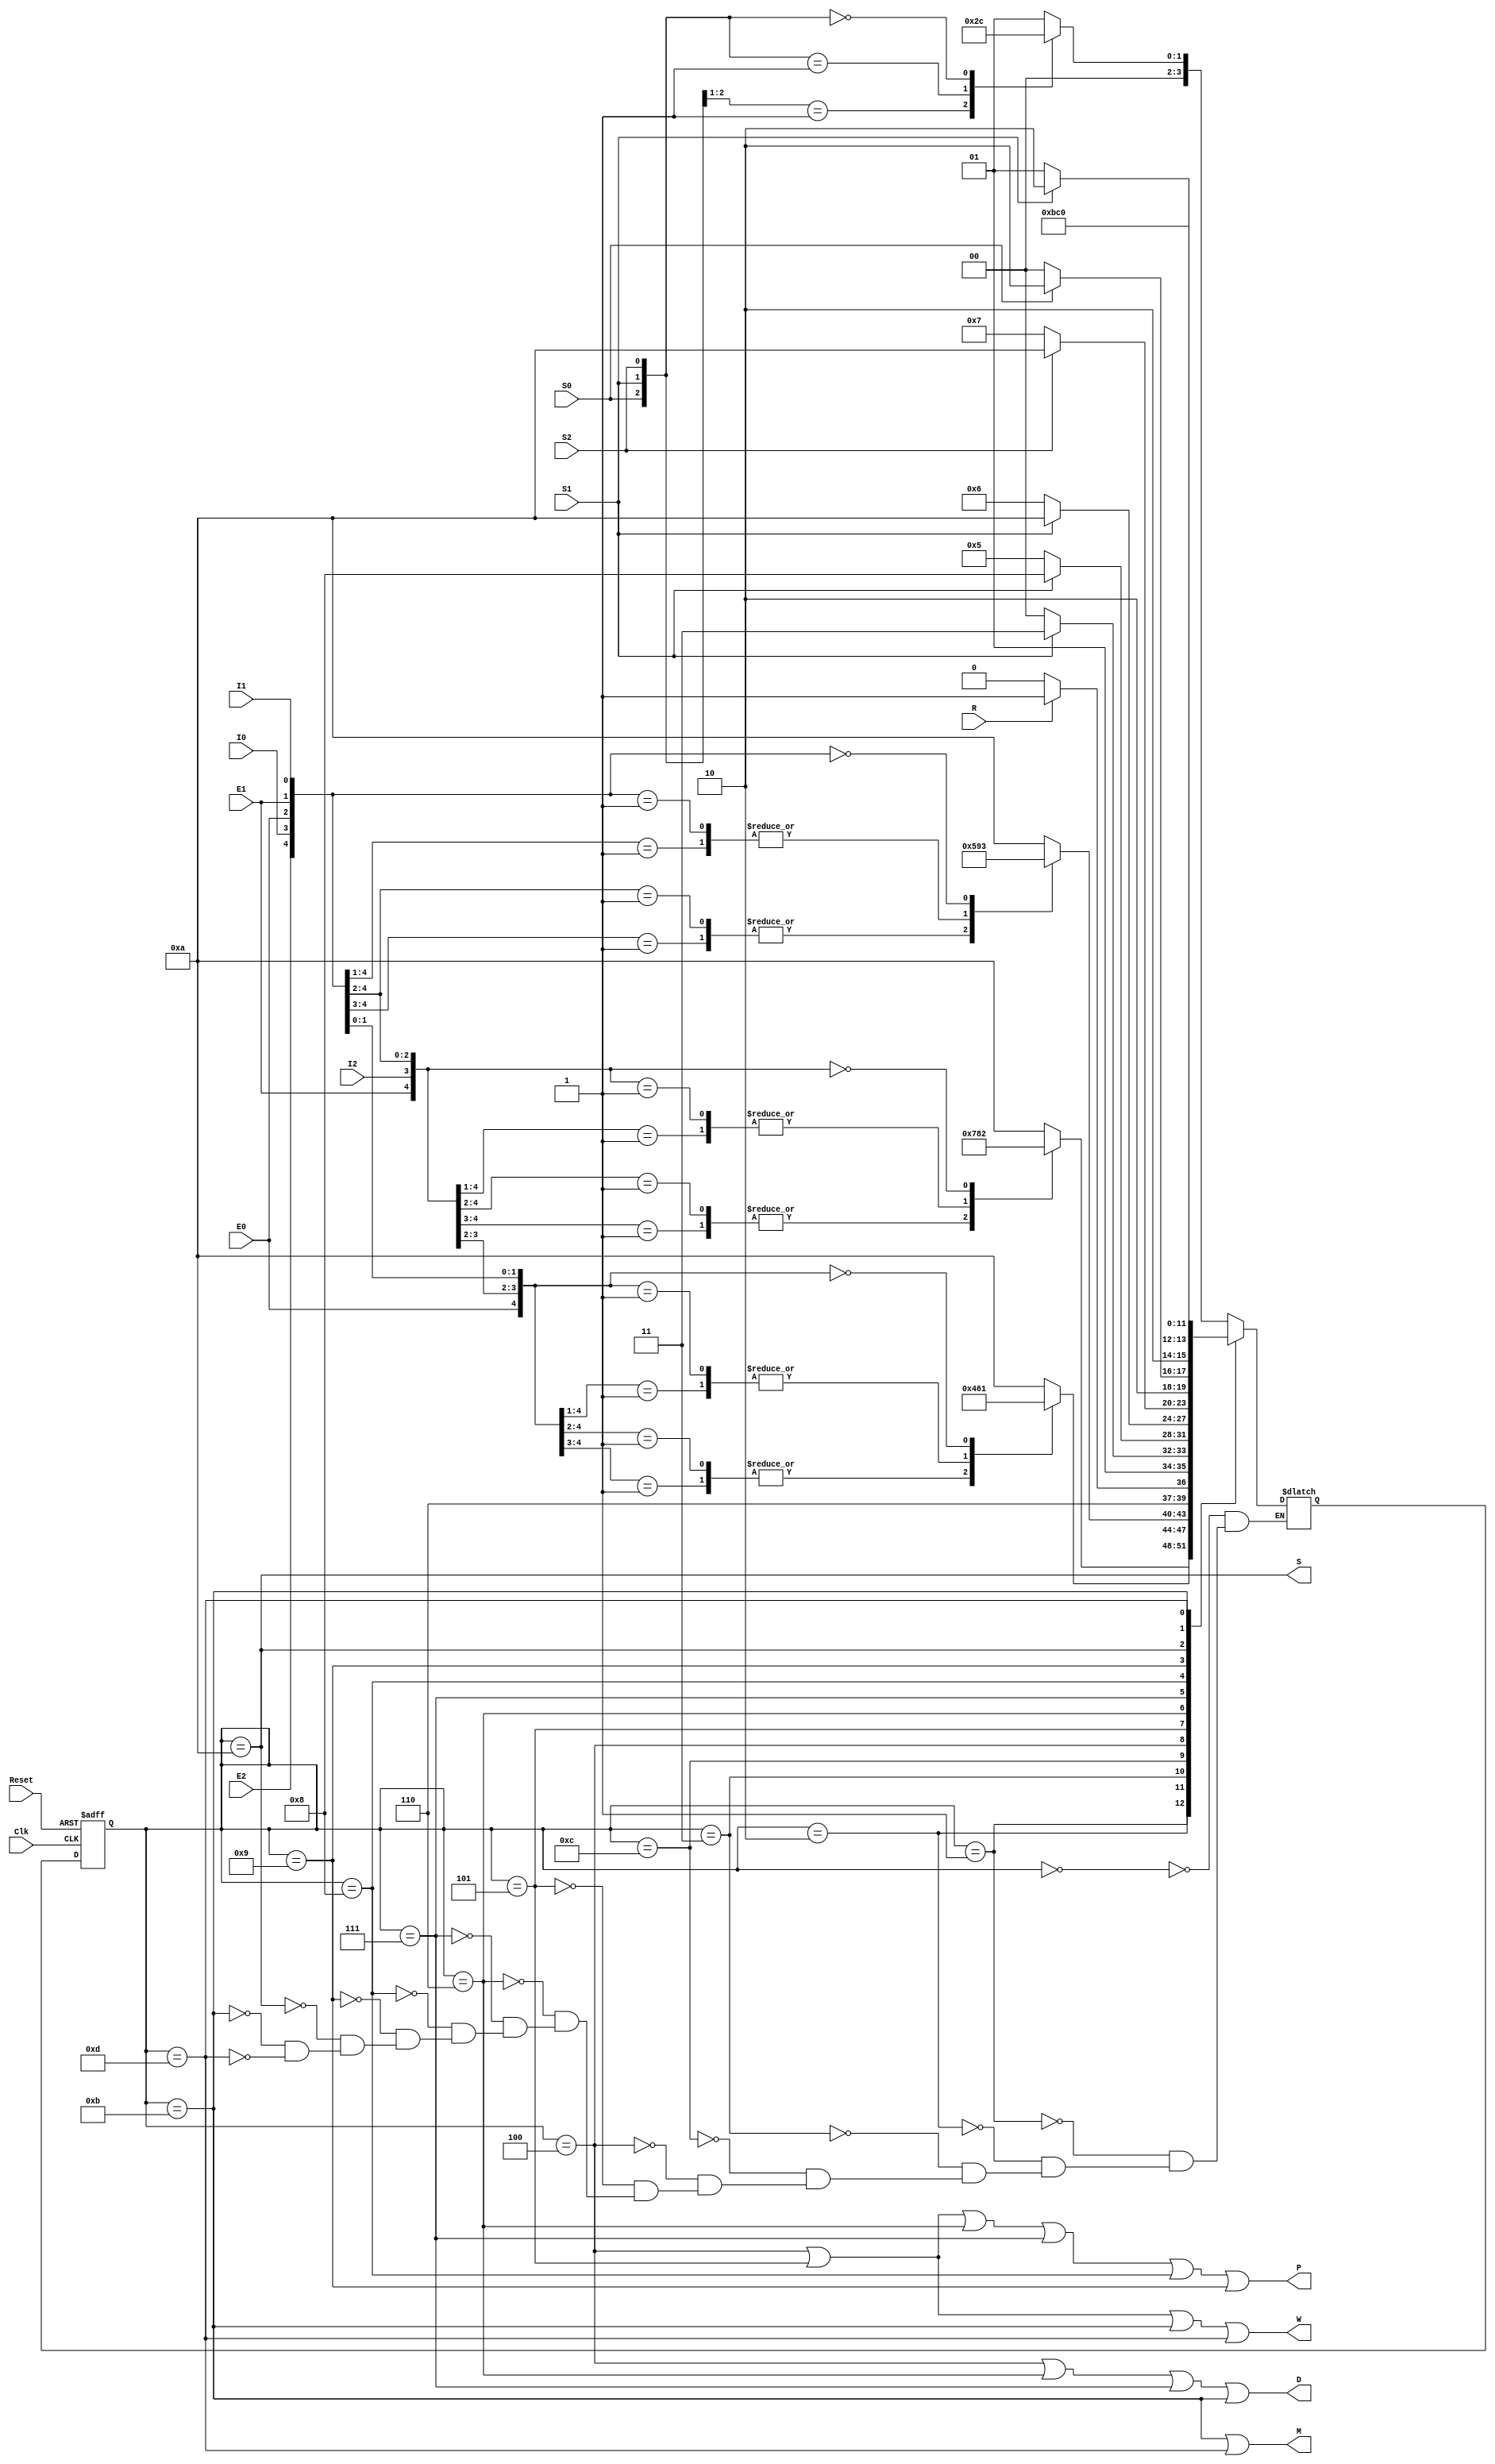
/**
 * Universidad de Costa Rica
 * Escuela de Ingeniera Elctrica
 * Circuitos Digitales I - IE0323
 * Proyecto Verilog
 *
 * archivo: asm_ascensor.v
 * autores:
 * Sergio Garino Vargas - B73157
 * Johan Herrera Chaves - C03811
 *
 * Descripcin: 
 * En este archivo se tiene la implemetacin del Diagrama ASM del 
 * ascensor.
 */

/** IMPORTANTE!!!!!!!!!!
* Para correr este tench se deben de poner los siguientes comandos en una
* terminal Linux que tenga instalada iverilog, vvp y gtkwave
***************************************************
iverilog -o ElevadorPrueba Elevator_Tests.v
vvp ElevadorPrueba
gtkwave Elevator.vcd
***************************************************
**/


module Elevator (
    input Clk, Reset, /**< Entradas de Clock y Reset */
    input I0, I1, I2, /**< Botones internos */
    input E0, E1, E2, /**< Botones externos */
    input S0, S1, S2, /**< Sensores de posicin */ 
    input R, /**< Seal que se pone en alto cuando el tiempo para tener la puerta abierta expir */
    output M, D, /**< Bits para controlar el (M)otor a activar y la (D)ireccin */ 
    output P, W, /**< Bits para regular la velocidad de los 2 motores mediante PWM*/
    output S); /**< Sonido que se activa antes de abrir la puerta */
    /**
     * Se definen dos vectores, uno de estado presente y otro para el prximo 
     * estado los cuales son de 4 cuatro por que el diseo de la ASM se
     * tiene 14 estados posibles que son requesentables con 4 bits.
     */

    reg [3:0] estadoPresente, proximoEstado;

    /**
     * Se asignan los estados con base en el ASM
     */
    parameter a = 4'b0000; // 0
    parameter b = 4'b0001; // 1
    parameter c = 4'b0010; // 2
    parameter d = 4'b0011; // 3
    parameter e = 4'b1100; // C
    parameter f = 4'b0100; // 4
    parameter g = 4'b0101; // 5
    parameter h = 4'b0110; // 6
    parameter i = 4'b0111; // 7
    parameter j = 4'b1000; // 8
    parameter k = 4'b1001; // 9
    parameter p = 4'b1010; // A
    parameter u = 4'b1011; // B
    parameter t = 4'b1101; // D

    /**
     * La memoria de estados
     */

    always @(posedge Clk, posedge Reset)
    begin
        if (Reset) estadoPresente <= a;
        else       estadoPresente <= proximoEstado;
    end

    /**
     * Clculo de lgica de prximo estados: mediante una sentencia always se
     * determina el siguiente estado partiendo de cada uno de los estados
     */

    always @(*)
    begin
        case (estadoPresente)
        // Partiendo del estado a
        a:
        casez({S0, S1, S2})
            3'b1??: proximoEstado = b;
            3'b01?: proximoEstado = c;
            3'b001: proximoEstado = d;
            3'b000: proximoEstado = a;
        endcase
        // Partiendo del estado b
        b:
        casez ({E0, I2, E2, E1, I1})
            5'b1????: proximoEstado = p; 
            5'b01???: proximoEstado = f;
            5'b001??: proximoEstado = f;
            5'b0001?: proximoEstado = h;
            5'b00001: proximoEstado = h;
            5'b00000: proximoEstado = b;
        endcase
        // Partiendo del estado c
        c:
        casez ({E1, I2, E2, I0, E0})
            5'b1????: proximoEstado = p;
            5'b01???: proximoEstado = i;
            5'b001??: proximoEstado = i;
            5'b0001?: proximoEstado = j;
            5'b00001: proximoEstado = j;
            5'b00000: proximoEstado = c;
        endcase
        // Partiendo del estado d
        d:
        casez ({E2, I0, E0, E1, I1})
            5'b1????: proximoEstado = p;
            5'b01???: proximoEstado = g;
            5'b001??: proximoEstado = g;
            5'b0001?: proximoEstado = k;
            5'b00001: proximoEstado = k;
            5'b00000: proximoEstado = d;
        endcase
        // Partiendo del estado e
        e:
        begin
            if (R) proximoEstado = t;
            else proximoEstado = e;
        end
        // Partiendo del estado f
        f:
        begin
            if (S1) proximoEstado = i;
            else proximoEstado = f;
        end
        // Partiendo del estado g
        g:
        begin
            if (S1) proximoEstado = j;
            else proximoEstado = g;
        end
        // Partiendo del estado h
        h:
        begin
            if (S1) proximoEstado = p;
            else proximoEstado = h;
        end
        // Partiendo del estado y
        i:
        begin
            if (S2) proximoEstado = p;
            else proximoEstado = i;
        end
        // Partiendo del estado j
        j:
        begin
            if (S0) proximoEstado = p;
            else proximoEstado = j;
        end
        // Partiendo del estado k
        k:
        begin
            if (S1) proximoEstado = p;
            else proximoEstado = k;
        end
        // Partiendo del estado p, la transicn es incondicional al estado u
        p:
            proximoEstado = u;
        // Partiendo del estado u
        u:
            proximoEstado = e;
        // Partiendo del estado t
        t:
            proximoEstado = a;
        endcase
    end

    /**
     * La lgica de clculo de salidas permite activar las salidas
     */
    /**
     * Las salidas M y D funcionan de la siguiente manera
     * (MD): Motor, direccin
     * (00): Motor 0, bajar
     * (01): Motor 0, subir
     * (10): Motor 1, cerrar
     * (11): Motor 1, abrir
     *
     * Las salidas P y W funcionan de la siguiente manera:
     * (PW): Velocidad, Ciclo de trabajo
     * (00): Detenido, Ciclo de trabajo = 25%
     * (01): Lento, Ciclo de trabajo = 25%
     * (10): Medio, Ciclo de trabajo = 50%
     * (11): Rpido, Ciclo de trabajo = 75%
     * 
     * La salida S se activa antes de abrir la puerta
     */
    assign M = (estadoPresente == u | estadoPresente == t); 

    assign D = (estadoPresente == f | 
                estadoPresente == h | 
                estadoPresente == i | 
                estadoPresente == u);

    assign P = (estadoPresente == f | 
                estadoPresente == g | 
                estadoPresente == h | 
                estadoPresente == i | 
                estadoPresente == j | 
                estadoPresente == k);

    assign W = (estadoPresente == f | 
                estadoPresente == g | 
                estadoPresente == u | 
                estadoPresente == t);

    assign S = (estadoPresente == p);

endmodule